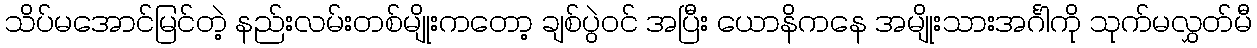
သိပ်မအောင်မြင်တဲ့ နည်းလမ်းတစ်မျိုးကတော့ ချစ်ပွဲဝင် အပြီး ယောနိကနေ အမျိုးသားအင်္ဂါကို သုက်မလွှတ်မီ